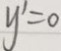
y = 0